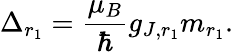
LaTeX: \Delta_{r_{1}}=\frac{\mu_{B}}{\hbar}g_{J,r_{1}}m_{r_{1}}.